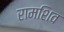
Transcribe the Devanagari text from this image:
रामशिव